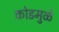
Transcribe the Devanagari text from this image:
कोडमुळे